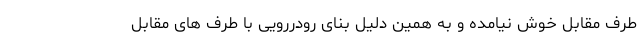
طرف مقابل خوش نیامده و به همین دلیل بنای رودررویی با طرف های مقابل